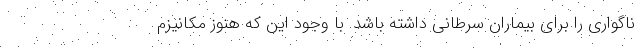
ناگواری را برای بیماران سرطانی داشته باشد. با وجود این که هنوز مکانیزم